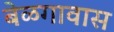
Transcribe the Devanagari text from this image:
बेळगावास